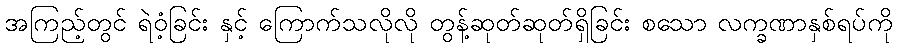
အကြည့်တွင် ရဲဝံ့ခြင်း နှင့် ကြောက်သလိုလို တွန့်ဆုတ်ဆုတ်ရှိခြင်း စသော လက္ခဏာနှစ်ရပ်ကို